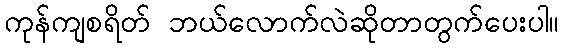
ကုန်ကျစရိတ် ဘယ်လောက်လဲဆိုတာတွက်ပေးပါ။